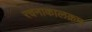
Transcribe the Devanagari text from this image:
रचनाकालक्रम